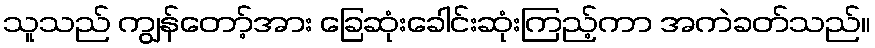
သူသည် ကျွန်တော့်အား ခြေဆုံးခေါင်းဆုံးကြည့်ကာ အကဲခတ်သည်။